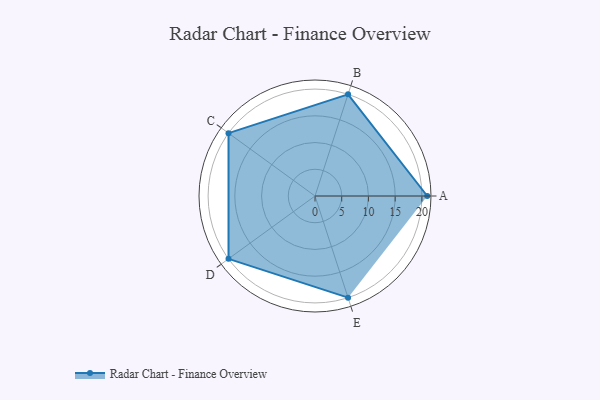
{"axis": {"x": "Skill", "y": "Score"}, "legend": ["Profile"], "data": [{"x": "A", "y": 21.0, "type": "Profile"}, {"x": "B", "y": 20, "type": "Profile"}, {"x": "C", "y": 20, "type": "Profile"}, {"x": "D", "y": 20, "type": "Profile"}, {"x": "E", "y": 20, "type": "Profile"}]}